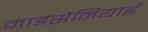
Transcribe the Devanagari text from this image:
माइसेनियाई